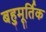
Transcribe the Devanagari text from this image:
बहुमूर्तिक